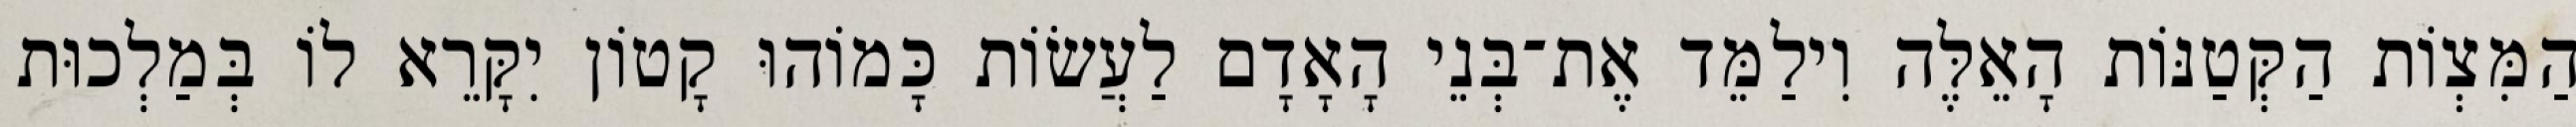
הַמִּצְוֹת הַקְּטַנּוֹת הָאֵלֶּה וִילַמֵּד אֶת־בְּנֵי הָאָדָם לַעֲשׂוֹת כָּמוֹהוּ קָטוֹן יִקָּרֵא לוֹ בְּמַלְכוּת